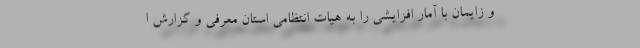
و زایمان با آمار افزایشی را به هیات انتظامی استان معرفی و گزارش ا